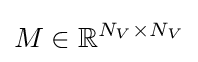
M\in \mathbb {R} ^{N_{V}\times N_{V}}